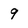
Character: 9